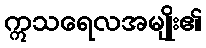
ဣသရေလအမျိုး၏